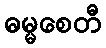
ဓမ္မစေတီ